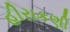
હીરાકણી